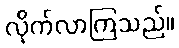
လိုက်လာကြသည်။